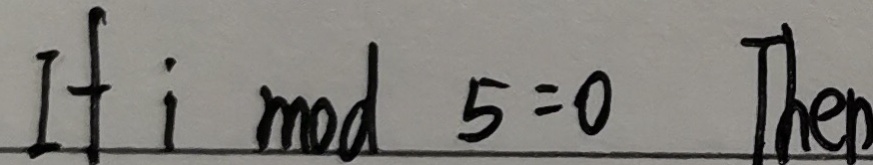
I f i m o d 5 = 0 T h e n